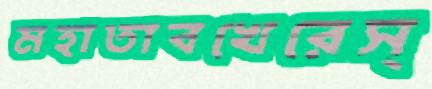
মহাতাবখেরেস্